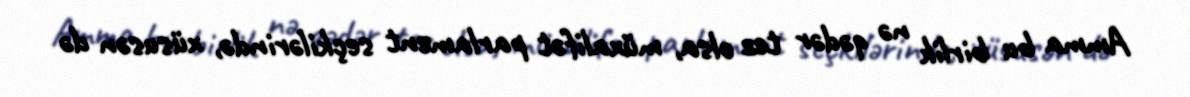
Amma bu birlik nə qədər tez olsa, müxalifət parlament seçkilərində, xüsusən də